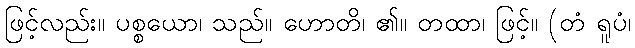
ဖြင့်လည်း။ ပစ္စယော၊ သည်။ ဟောတိ၊ ၏။ တထာ၊ ဖြင့်။ (တံ ရူပံ၊